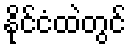
နိုင်ငံထဲတွင်